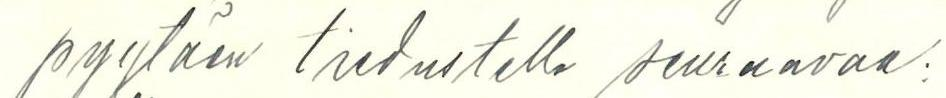
pyytäen tiedustella seuraavaa: